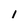
Character: 1